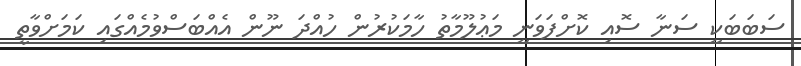
ސަބަބަކީ ސަނާ ސޮއި ކޮށްފަވަނީ މަޢުލޫމާތު ހާމަކުރުން ހުއްދަ ނޫން އެއްބަސްވުމެއްގައި ކަމަށްވާތީ